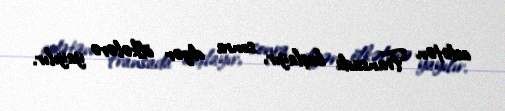
adətən Fransada başlayır, sonra digər ölkələrə yayılır.